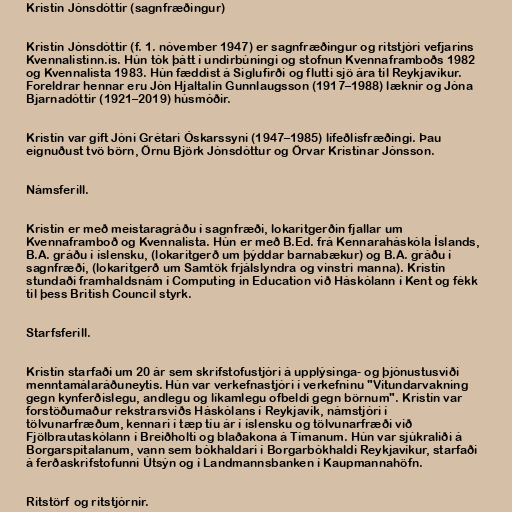
Kristín Jónsdóttir (sagnfræðingur)

Kristín Jónsdóttir (f. 1. nóvember 1947) er sagnfræðingur og ritstjóri vefjarins
Kvennalistinn.is. Hún tók þátt í undirbúningi og stofnun Kvennaframboðs 1982
og Kvennalista 1983. Hún fæddist á Siglufirði og flutti sjö ára til Reykjavíkur.
Foreldrar hennar eru Jón Hjaltalín Gunnlaugsson (1917–1988) læknir og Jóna
Bjarnadóttir (1921–2019) húsmóðir.

Kristín var gift Jóni Grétari Óskarssyni (1947–1985) lífeðlisfræðingi. Þau
eignuðust tvö börn, Örnu Björk Jónsdóttur og Örvar Kristínar Jónsson.

Námsferill.

Kristín er með meistaragráðu í sagnfræði, lokaritgerðin fjallar um
Kvennaframboð og Kvennalista. Hún er með B.Ed. frá Kennaraháskóla Íslands,
B.A. gráðu í íslensku, (lokaritgerð um þýddar barnabækur) og B.A. gráðu í
sagnfræði, (lokaritgerð um Samtök frjálslyndra og vinstri manna). Kristín
stundaði framhaldsnám í Computing in Education við Háskólann í Kent og fékk
til þess British Council styrk.

Starfsferill.

Kristín starfaði um 20 ár sem skrifstofustjóri á upplýsinga- og þjónustusviði
menntamálaráðuneytis. Hún var verkefnastjóri í verkefninu "Vitundarvakning
gegn kynferðislegu, andlegu og líkamlegu ofbeldi gegn börnum". Kristín var
forstöðumaður rekstrarsviðs Háskólans í Reykjavík, námstjóri í
tölvunarfræðum, kennari í tæp tíu ár í íslensku og tölvunarfræði við
Fjölbrautaskólann í Breiðholti og blaðakona á Tímanum. Hún var sjúkraliði á
Borgarspítalanum, vann sem bókhaldari í Borgarbókhaldi Reykjavíkur, starfaði
á ferðaskrifstofunni Útsýn og í Landmannsbanken í Kaupmannahöfn.

Ritstörf og ritstjórnir.